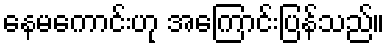
နေမကောင်းဟု အကြောင်းပြန်သည်။